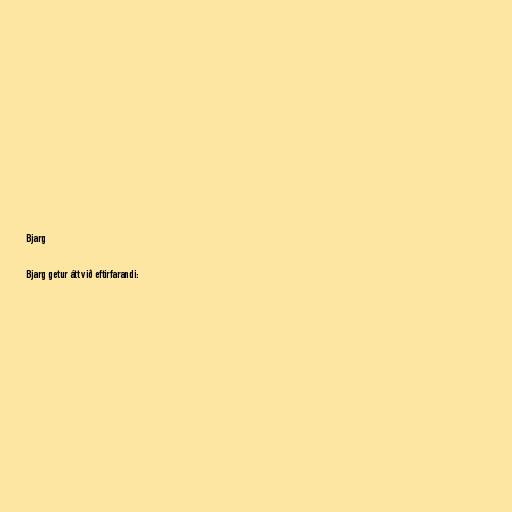
Bjarg

Bjarg getur átt við eftirfarandi: